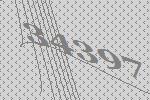
34397